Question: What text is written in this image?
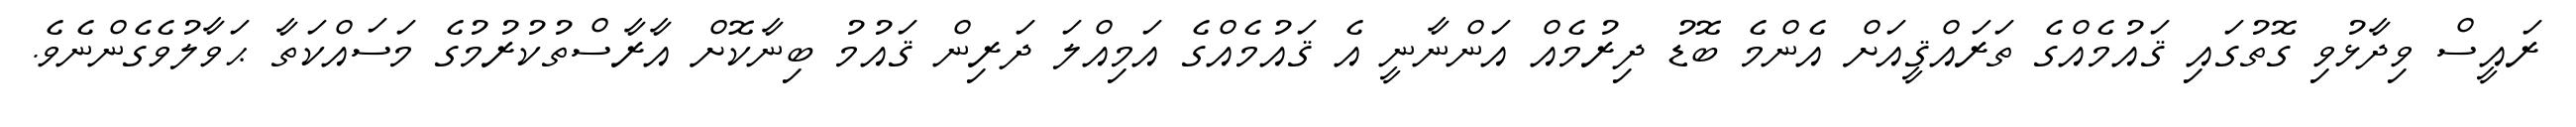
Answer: ރައީސް ވިދާޅުވި ގޮތުގައި ޤައުމެއްގެ ތަރައްޤީއަށް އެންމެ ބޮޑު ދިރުމެއް އަންނާނީ އެ ޤައުމެއްގެ އަމިއްލަ ދަރިން ޤައުމު ބިނާކޮށް އާރާސްތުކުރުމުގެ މަސައްކަތާ ޙަވާލުވެގެންނެވެ.